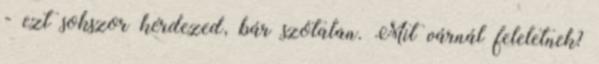
- ezt sokszor kérdezed, bár szótalan. Mit várnál feleletnek?